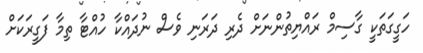
ހަގީގަތަކީ ގާސިމް ރައްޔިތުންނަށް ދެރި ދަރަނި ވެސް ނުދައްކާ ހުއްޓާ ތިމާ ފަގީރަކަށް